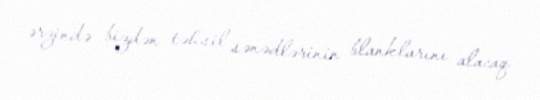
ərzində bizdən təhsil sənədlərinin blanklarını alacaq.